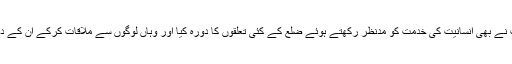
آل انڈیاپیامِ انسانیت فورم بھٹکل یونٹ نے بھی انسانیت کی خدمت کو مدنظر رکھتے ہوئے ضلع کے کئی تعلقوں کا دورہ کیا اور وہاں لوگوں سے ملاقات کرکے ان کے درمیان ضرورت کی اشیاء تقسیم کیں۔